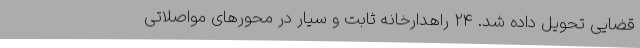
قضایی تحویل داده شد. 24 راهدارخانه ثابت و سیار در محورهای مواصلاتی